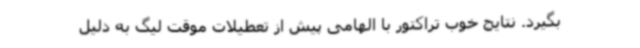
بگیرد. نتایج خوب تراکتور با الهامی پیش از تعطیلات موقت لیگ به دلیل